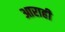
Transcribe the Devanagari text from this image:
आराही